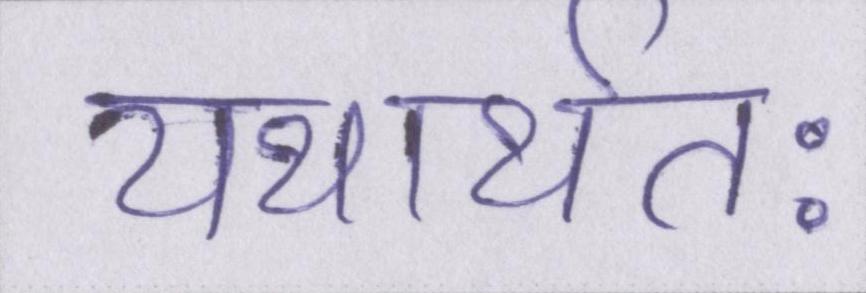
यथार्थतः